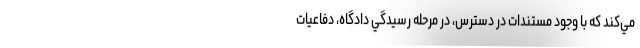
مي‌كند كه با وجود مستندات در دسترس، در مرحله رسيدگي دادگاه، دفاعيات